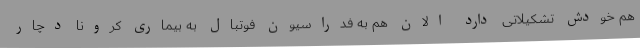
هم خودش تشکیلاتی دارد الان هم به فدراسیون فوتبال به بیماری کرونا دچار